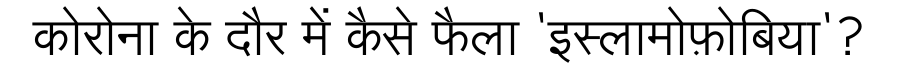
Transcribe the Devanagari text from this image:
कोरोना के दौर में कैसे फैला 'इस्लामोफ़ोबिया'?